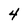
Character: 4